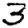
Digit: 3